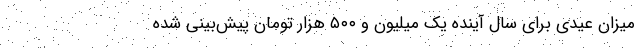
میزان عیدی برای سال آینده یک میلیون و ۵۰۰ هزار تومان پیش‌بینی شده